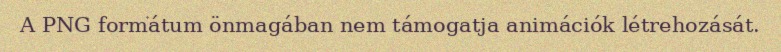
A PNG formátum önmagában nem támogatja animációk létrehozását.